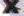
X